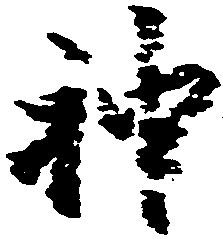
神